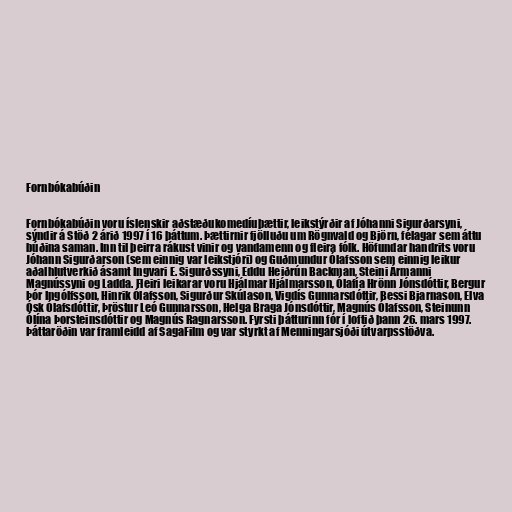
Fornbókabúðin

Fornbókabúðin voru íslenskir aðstæðukomedíuþættir, leikstýrðir af Jóhanni Sigurðarsyni,
sýndir á Stöð 2 árið 1997 í 16 þáttum. Þættirnir fjölluðu um Rögnvald og Björn, félagar sem áttu
búðina saman. Inn til þeirra rákust vinir og vandamenn og fleira fólk. Höfundar handrits voru
Jóhann Sigurðarson (sem einnig var leikstjóri) og Guðmundur Ólafsson sem einnig leikur
aðalhlutverkið ásamt Ingvari E. Sigurðssyni, Eddu Heiðrún Backman, Steini Ármanni
Magnússyni og Ladda. Fleiri leikarar voru Hjálmar Hjálmarsson, Ólafía Hrönn Jónsdóttir, Bergur
Þór Ingólfsson, Hinrik Ólafsson, Sigurður Skúlason, Vigdís Gunnarsdóttir, Bessi Bjarnason, Elva
Ósk Ólafsdóttir, Þröstur Leó Gunnarsson, Helga Braga Jónsdóttir, Magnús Ólafsson, Steinunn
Ólína Þorsteinsdóttir og Magnús Ragnarsson. Fyrsti þátturinn fór í loftið þann 26. mars 1997.
Þáttaröðin var framleidd af SagaFilm og var styrkt af Menningarsjóði útvarpsstöðva.